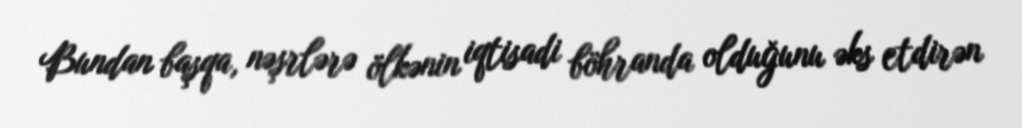
Bundan başqa, nəşrlərə ölkənin iqtisadi böhranda olduğunu əks etdirən